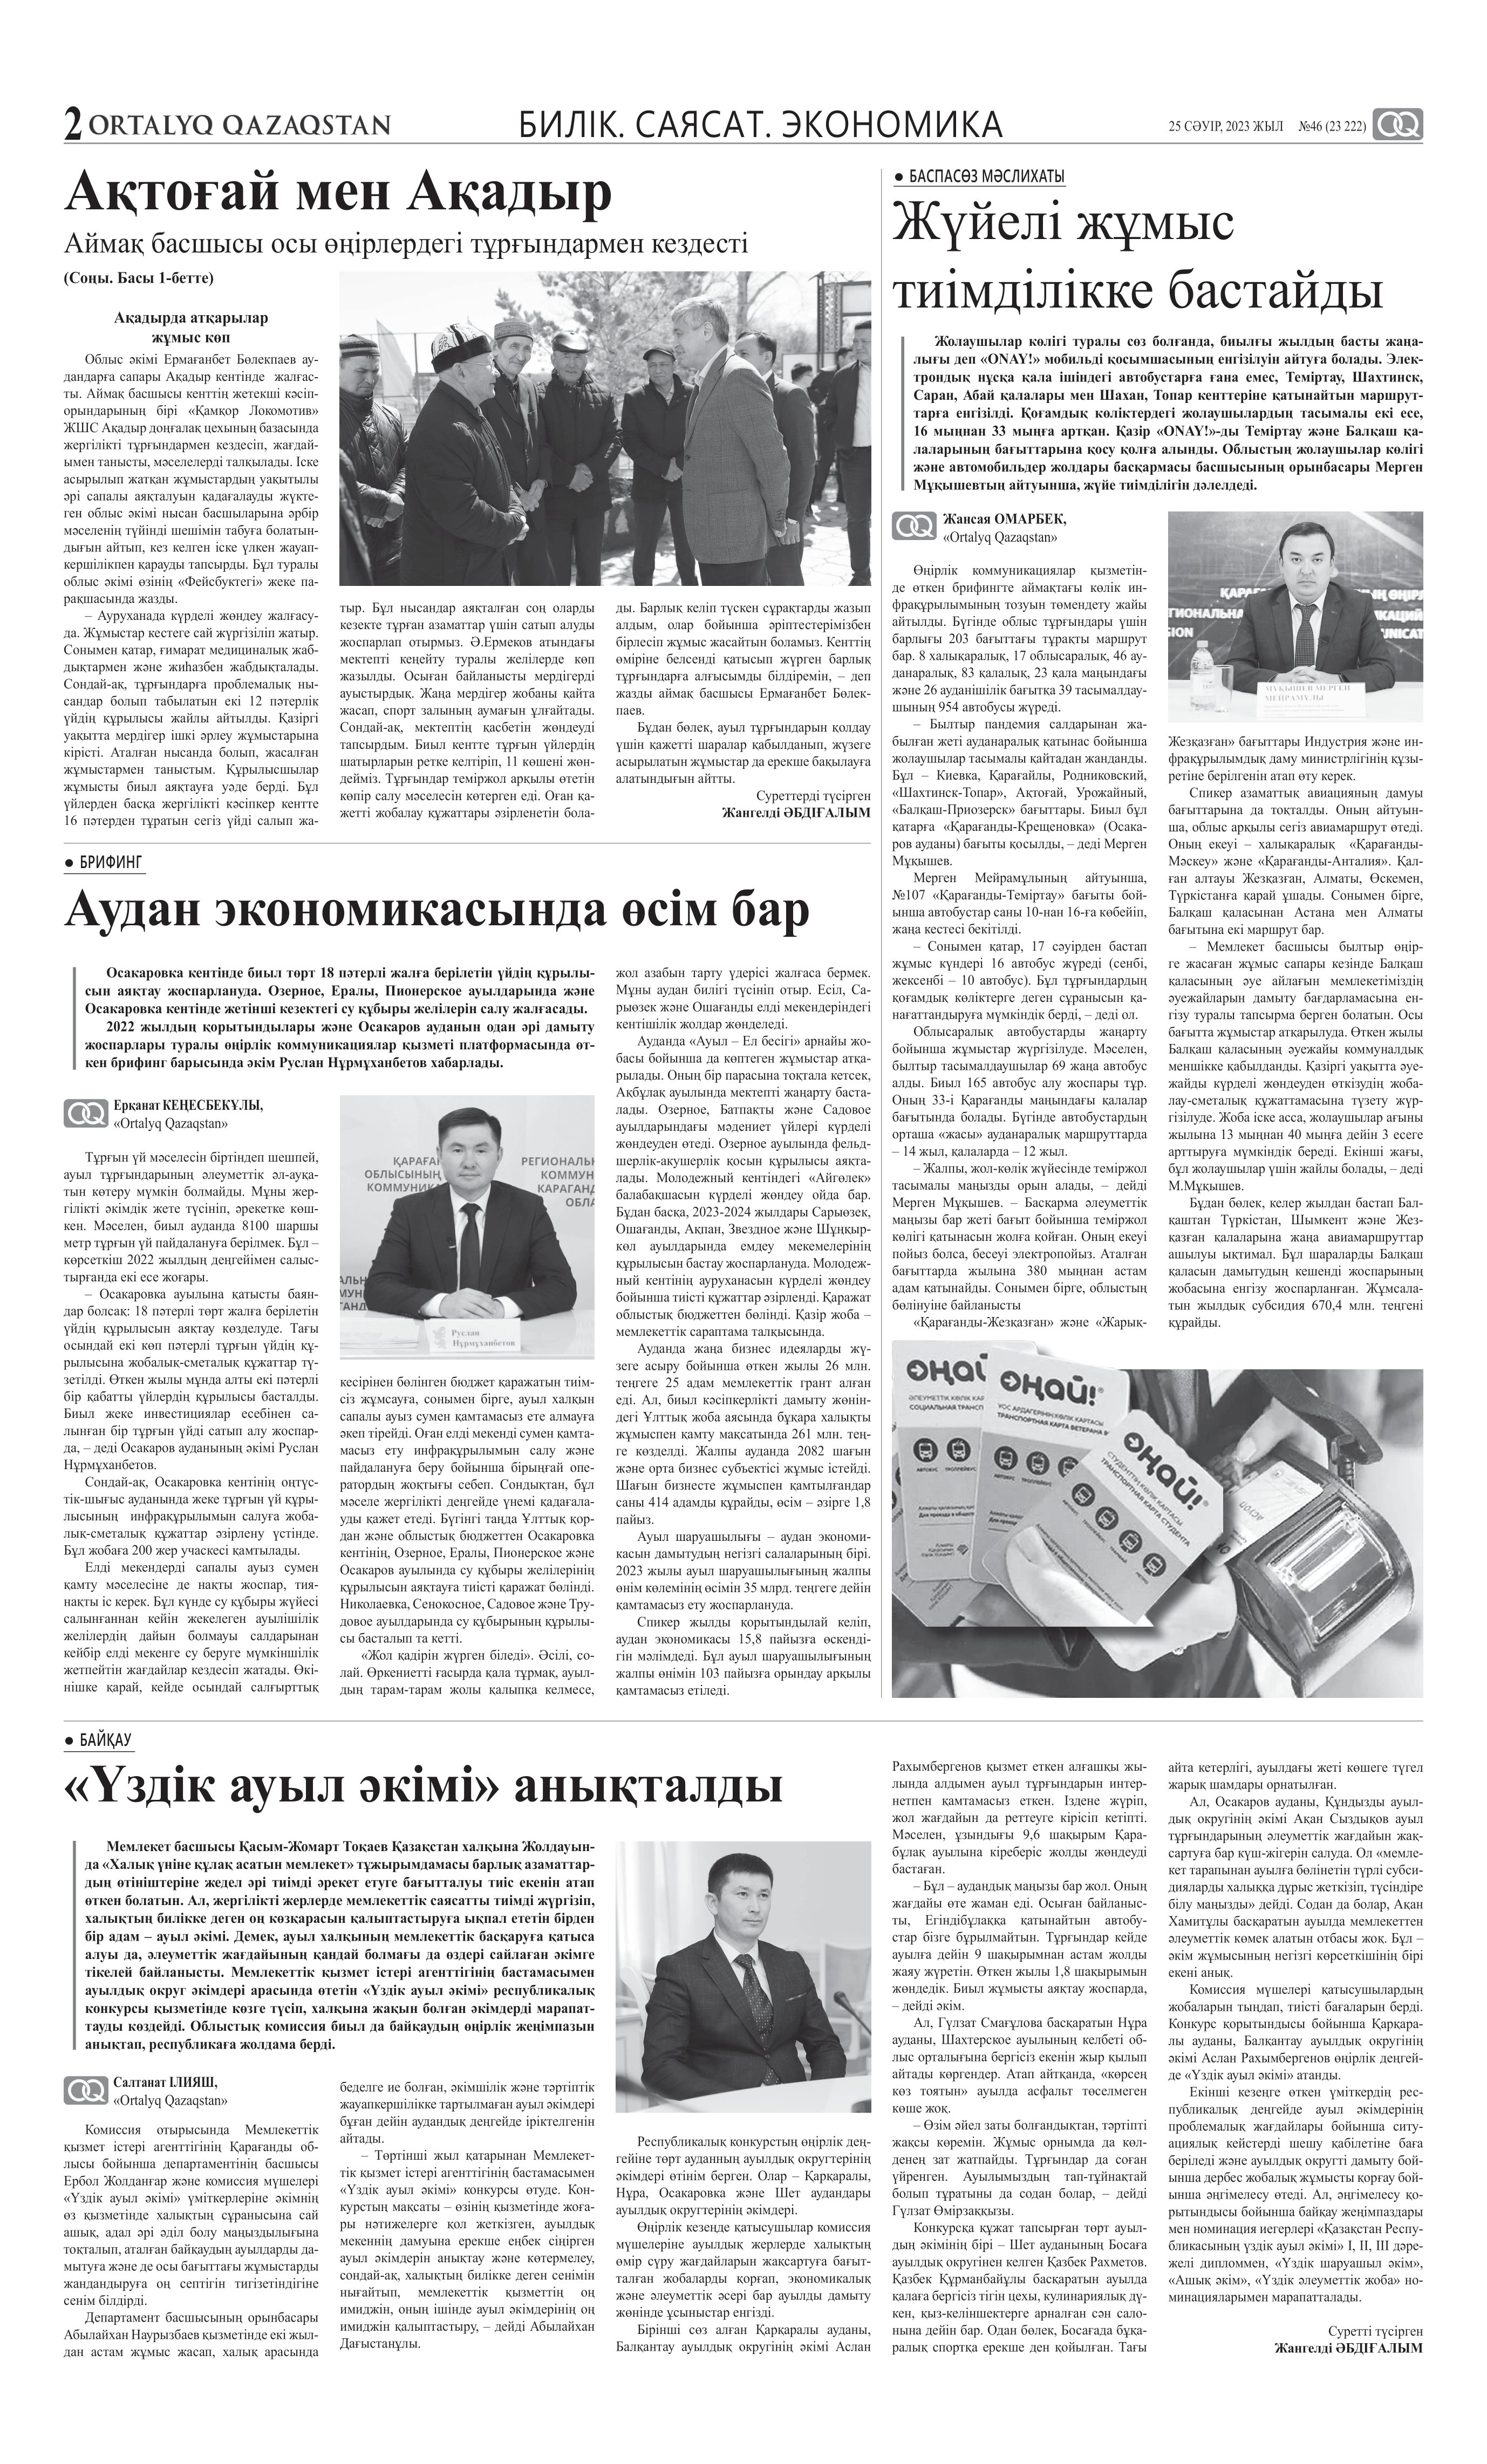
Language: kk